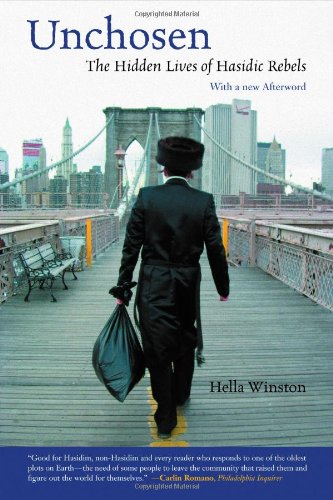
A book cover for Unchosen: The Hidden Lives of Hasidic Rebels; Hella Winston; Religion & Spirituality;